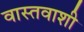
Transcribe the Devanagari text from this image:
वास्तवाशी